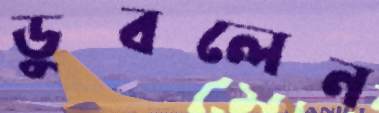
ডুবলেন